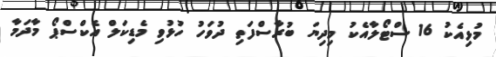
މުޅިއެކު 16 ސްޓޯލާއެކު މިދިޔަ ބުރާސްފަތި ދުވަހު ހުޅުވި މެޑިކަލް އެކްސްޕޯ މާދަމާ